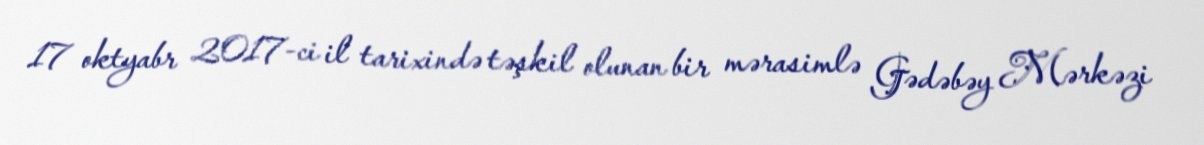
17 oktyabr 2017-ci il tarixində təşkil olunan bir mərasimlə Gədəbəy Mərkəzi